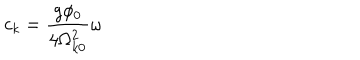
c _ { k } = \frac { g \phi _ { 0 } } { 4 \Omega _ { k 0 } ^ { 2 } } \omega